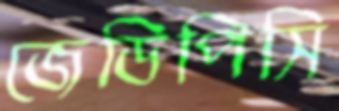
জেডিপিসি